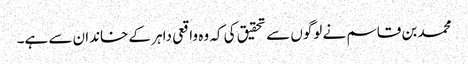
محمد بن قاسم نے لوگوں سے تحقیق کی کہ وہ واقعی داہر کے خاندان سے ہے۔